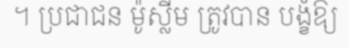
។ ប្រជាជន ម៉ូស្លីម ត្រូវបាន បង្ខំឱ្យ